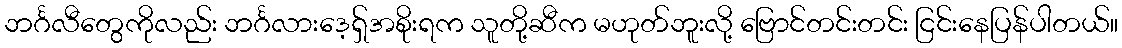
ဘင်္ဂလီတွေကိုလည်း ဘင်္ဂလားဒေ့ရှ်အစိုးရက သူတို့ဆီက မဟုတ်ဘူးလို့ ဗြောင်တင်းတင်း ငြင်းနေပြန်ပါတယ်။